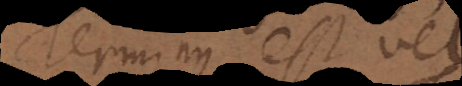
Terminus est vel